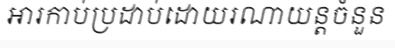
អារកាប់ប្រដាប់ដោយរណាយន្តចំនួន